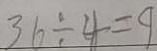
3 6 \div 4 = 9